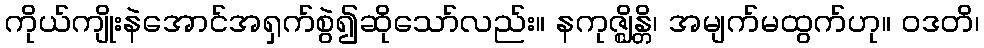
ကိုယ်ကျိုးနဲအောင်အရှက်စွဲ၍ဆိုသော်လည်း။ နကုဇ္ဈိန္တိ၊ အမျက်မထွက်ဟု။ ဝဒတိ၊